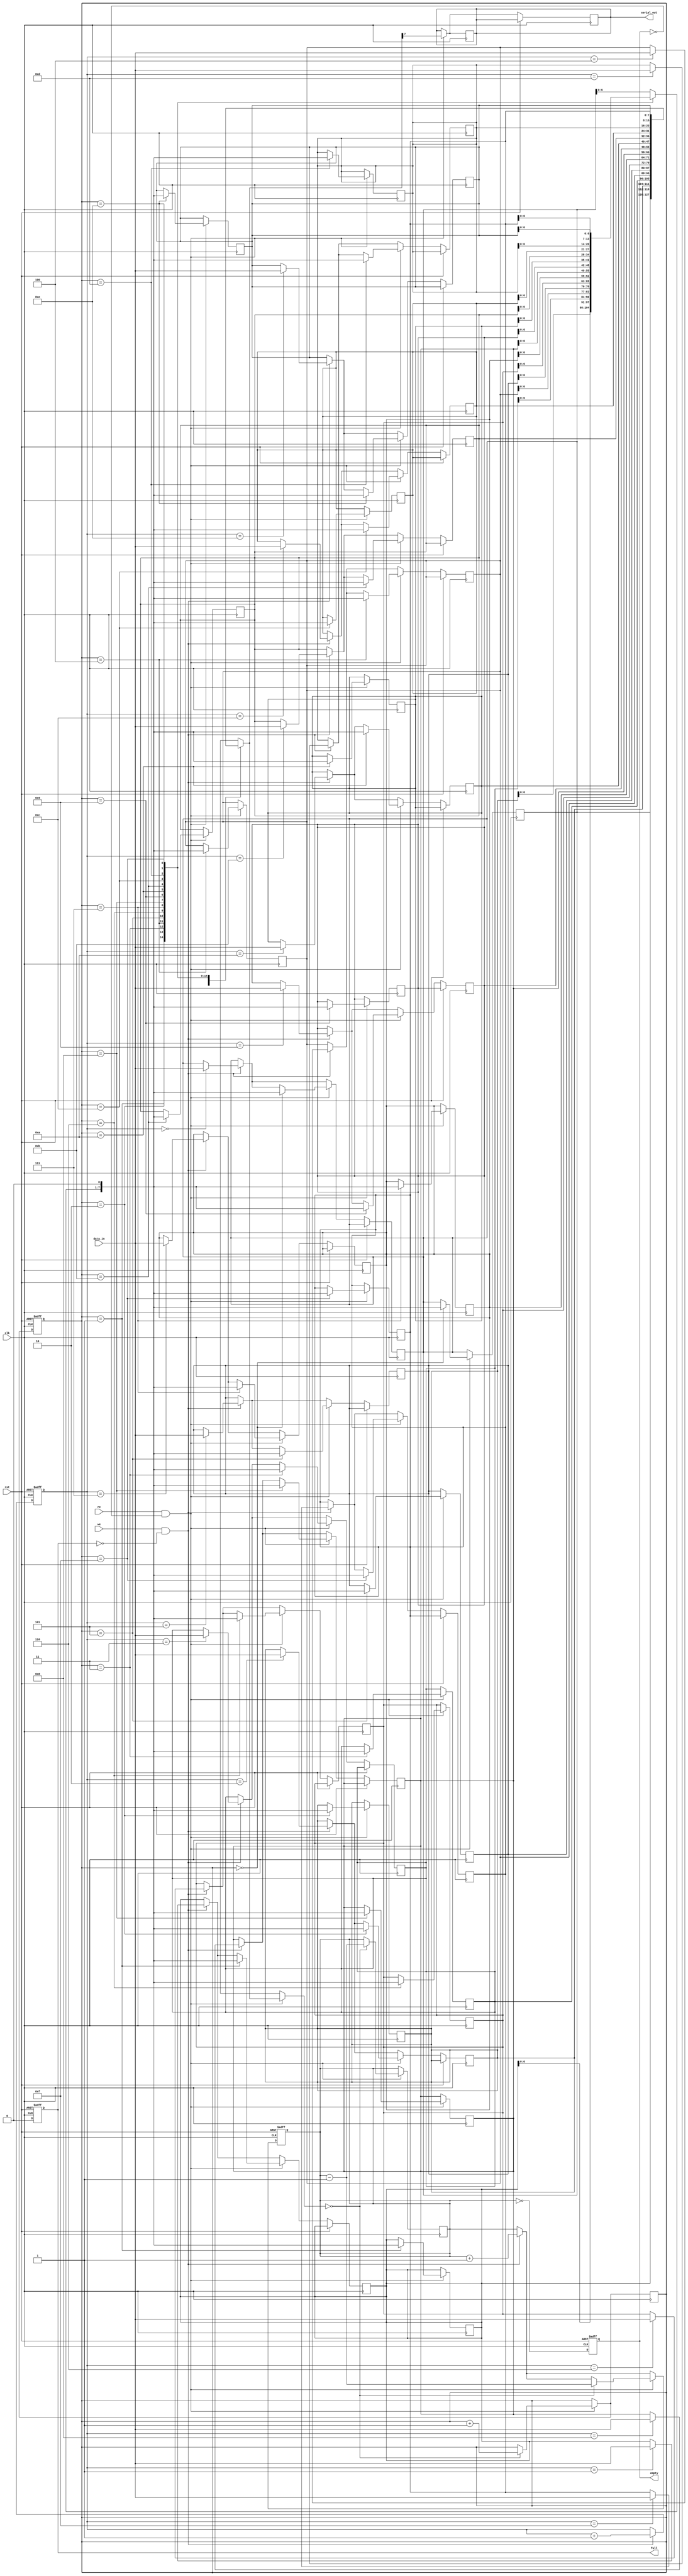
module fifo_piso #(
    parameter N = 8,          // Width of the data
    parameter DEPTH = 16      // Depth of the FIFO
)(
    input wire clk,           // Clock signal
    input wire rst,           // Asynchronous reset
    input wire we,            // Write enable
    input wire re,            // Read enable
    input wire [N-1:0] data_in, // Parallel input data
    output reg serial_out,     // Serial output data
    output reg full,          // Full flag
    output reg empty          // Empty flag
);

    reg [N-1:0] fifo_mem [0:DEPTH-1]; // FIFO memory
    reg [3:0] wr_ptr;                  // Write pointer
    reg [3:0] rd_ptr;                  // Read pointer
    reg [3:0] count;                   // Count of elements in FIFO

    // Asynchronous reset
    always @(posedge clk or posedge rst) begin
        if (rst) begin
            wr_ptr <= 0;
            rd_ptr <= 0;
            count <= 0;
            full <= 0;
            empty <= 1;
        end else begin
            // Write logic
            if (we && !full) begin
                fifo_mem[wr_ptr] <= data_in; // Store data in FIFO
                wr_ptr <= wr_ptr + 1;        // Update write pointer
                count <= count + 1;          // Increment count
            end
            
            // Read logic
            if (re && !empty) begin
                serial_out <= fifo_mem[rd_ptr][N-1]; // Output the MSB of the data
                fifo_mem[rd_ptr] <= {fifo_mem[rd_ptr][N-2:0], 1'b0}; // Shift left
                if (fifo_mem[rd_ptr] == 0) begin
                    rd_ptr <= rd_ptr + 1; // Update read pointer
                    count <= count - 1;   // Decrement count
                end
            end

            // Update full and empty flags
            full <= (count == DEPTH);
            empty <= (count == 0);
        end
    end

    // Serial output shifting logic
    always @(posedge clk) begin
        if (re && !empty) begin
            serial_out <= fifo_mem[rd_ptr][N-1]; // Output the MSB of the data
            fifo_mem[rd_ptr] <= {fifo_mem[rd_ptr][N-2:0], 1'b0}; // Shift left
            if (fifo_mem[rd_ptr] == 0) begin
                rd_ptr <= rd_ptr + 1; // Update read pointer
                count <= count - 1;   // Decrement count
            end
        end
    end

endmodule